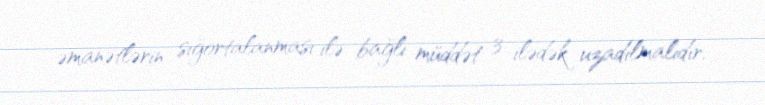
əmanətlərin sığortalanması ilə bağlı müddət 3 ilədək uzadılmalıdır.